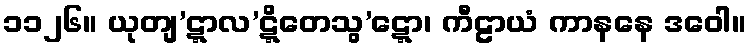
၁၁၂၆။ ယုတျ’ဋ္ဋာလ’ဋ္ဋိတေသွ’ဋ္ဋော၊ ကီဠာယံ ကာနနေ ဒဝေါ။